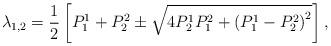
LaTeX: \begin{align*}\lambda _{1,2}=\frac{1}{2}\left[P_1^1+P_2^2\pm\sqrt{4P^1_2P^2_1+\left(P_1^1-P_2^2\right)^2}\right],\end{align*}